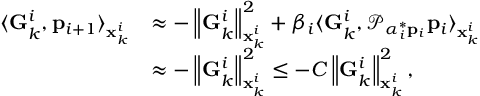
\begin{array} { r l } { \langle \mathbf { G } _ { k } ^ { i } , \mathbf { p } _ { i + 1 } \rangle _ { \mathbf { x } _ { k } ^ { i } } } & { \approx - \left\| \mathbf { G } _ { k } ^ { i } \right\| _ { \mathbf { x } _ { k } ^ { i } } ^ { 2 } + \beta _ { i } \langle \mathbf { G } _ { k } ^ { i } , \mathcal { P } _ { \alpha _ { i } ^ { * } \mathbf { p } _ { i } } \mathbf { p } _ { i } \rangle _ { \mathbf { x } _ { k } ^ { i } } } \\ & { \approx - \left\| \mathbf { G } _ { k } ^ { i } \right\| _ { \mathbf { x } _ { k } ^ { i } } ^ { 2 } \le - C \left\| \mathbf { G } _ { k } ^ { i } \right\| _ { \mathbf { x } _ { k } ^ { i } } ^ { 2 } , } \end{array}